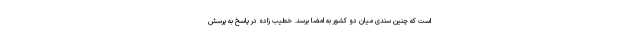
است که چنین سندی میان دو کشور به امضا برسد. خطیب زاده در پاسخ به پرسش